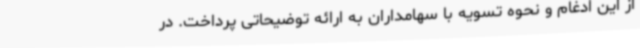
از این ادغام و نحوه تسویه با سهامداران به ارائه توضیحاتی پرداخت. در